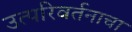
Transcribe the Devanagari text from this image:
उत्परिवर्तनाचा